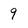
Character: 9